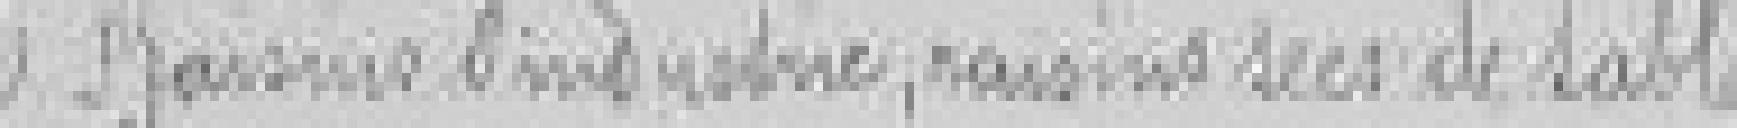
6. Raisins d'industrie, raisins secs de table